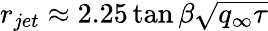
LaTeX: r_{jet}\approx 2.25\tan\beta\sqrt{q_{\infty}\tau}